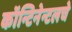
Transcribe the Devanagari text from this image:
कॉन्टिनेन्टलचे